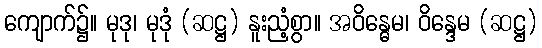
ကျောက်၌။ မုဒု၊ မုဒုံ (ဆဋ္ဌ) နူးညံ့စွာ။ အဝိန္ဓေမ၊ ဝိန္ဒေမ (ဆဋ္ဌ)